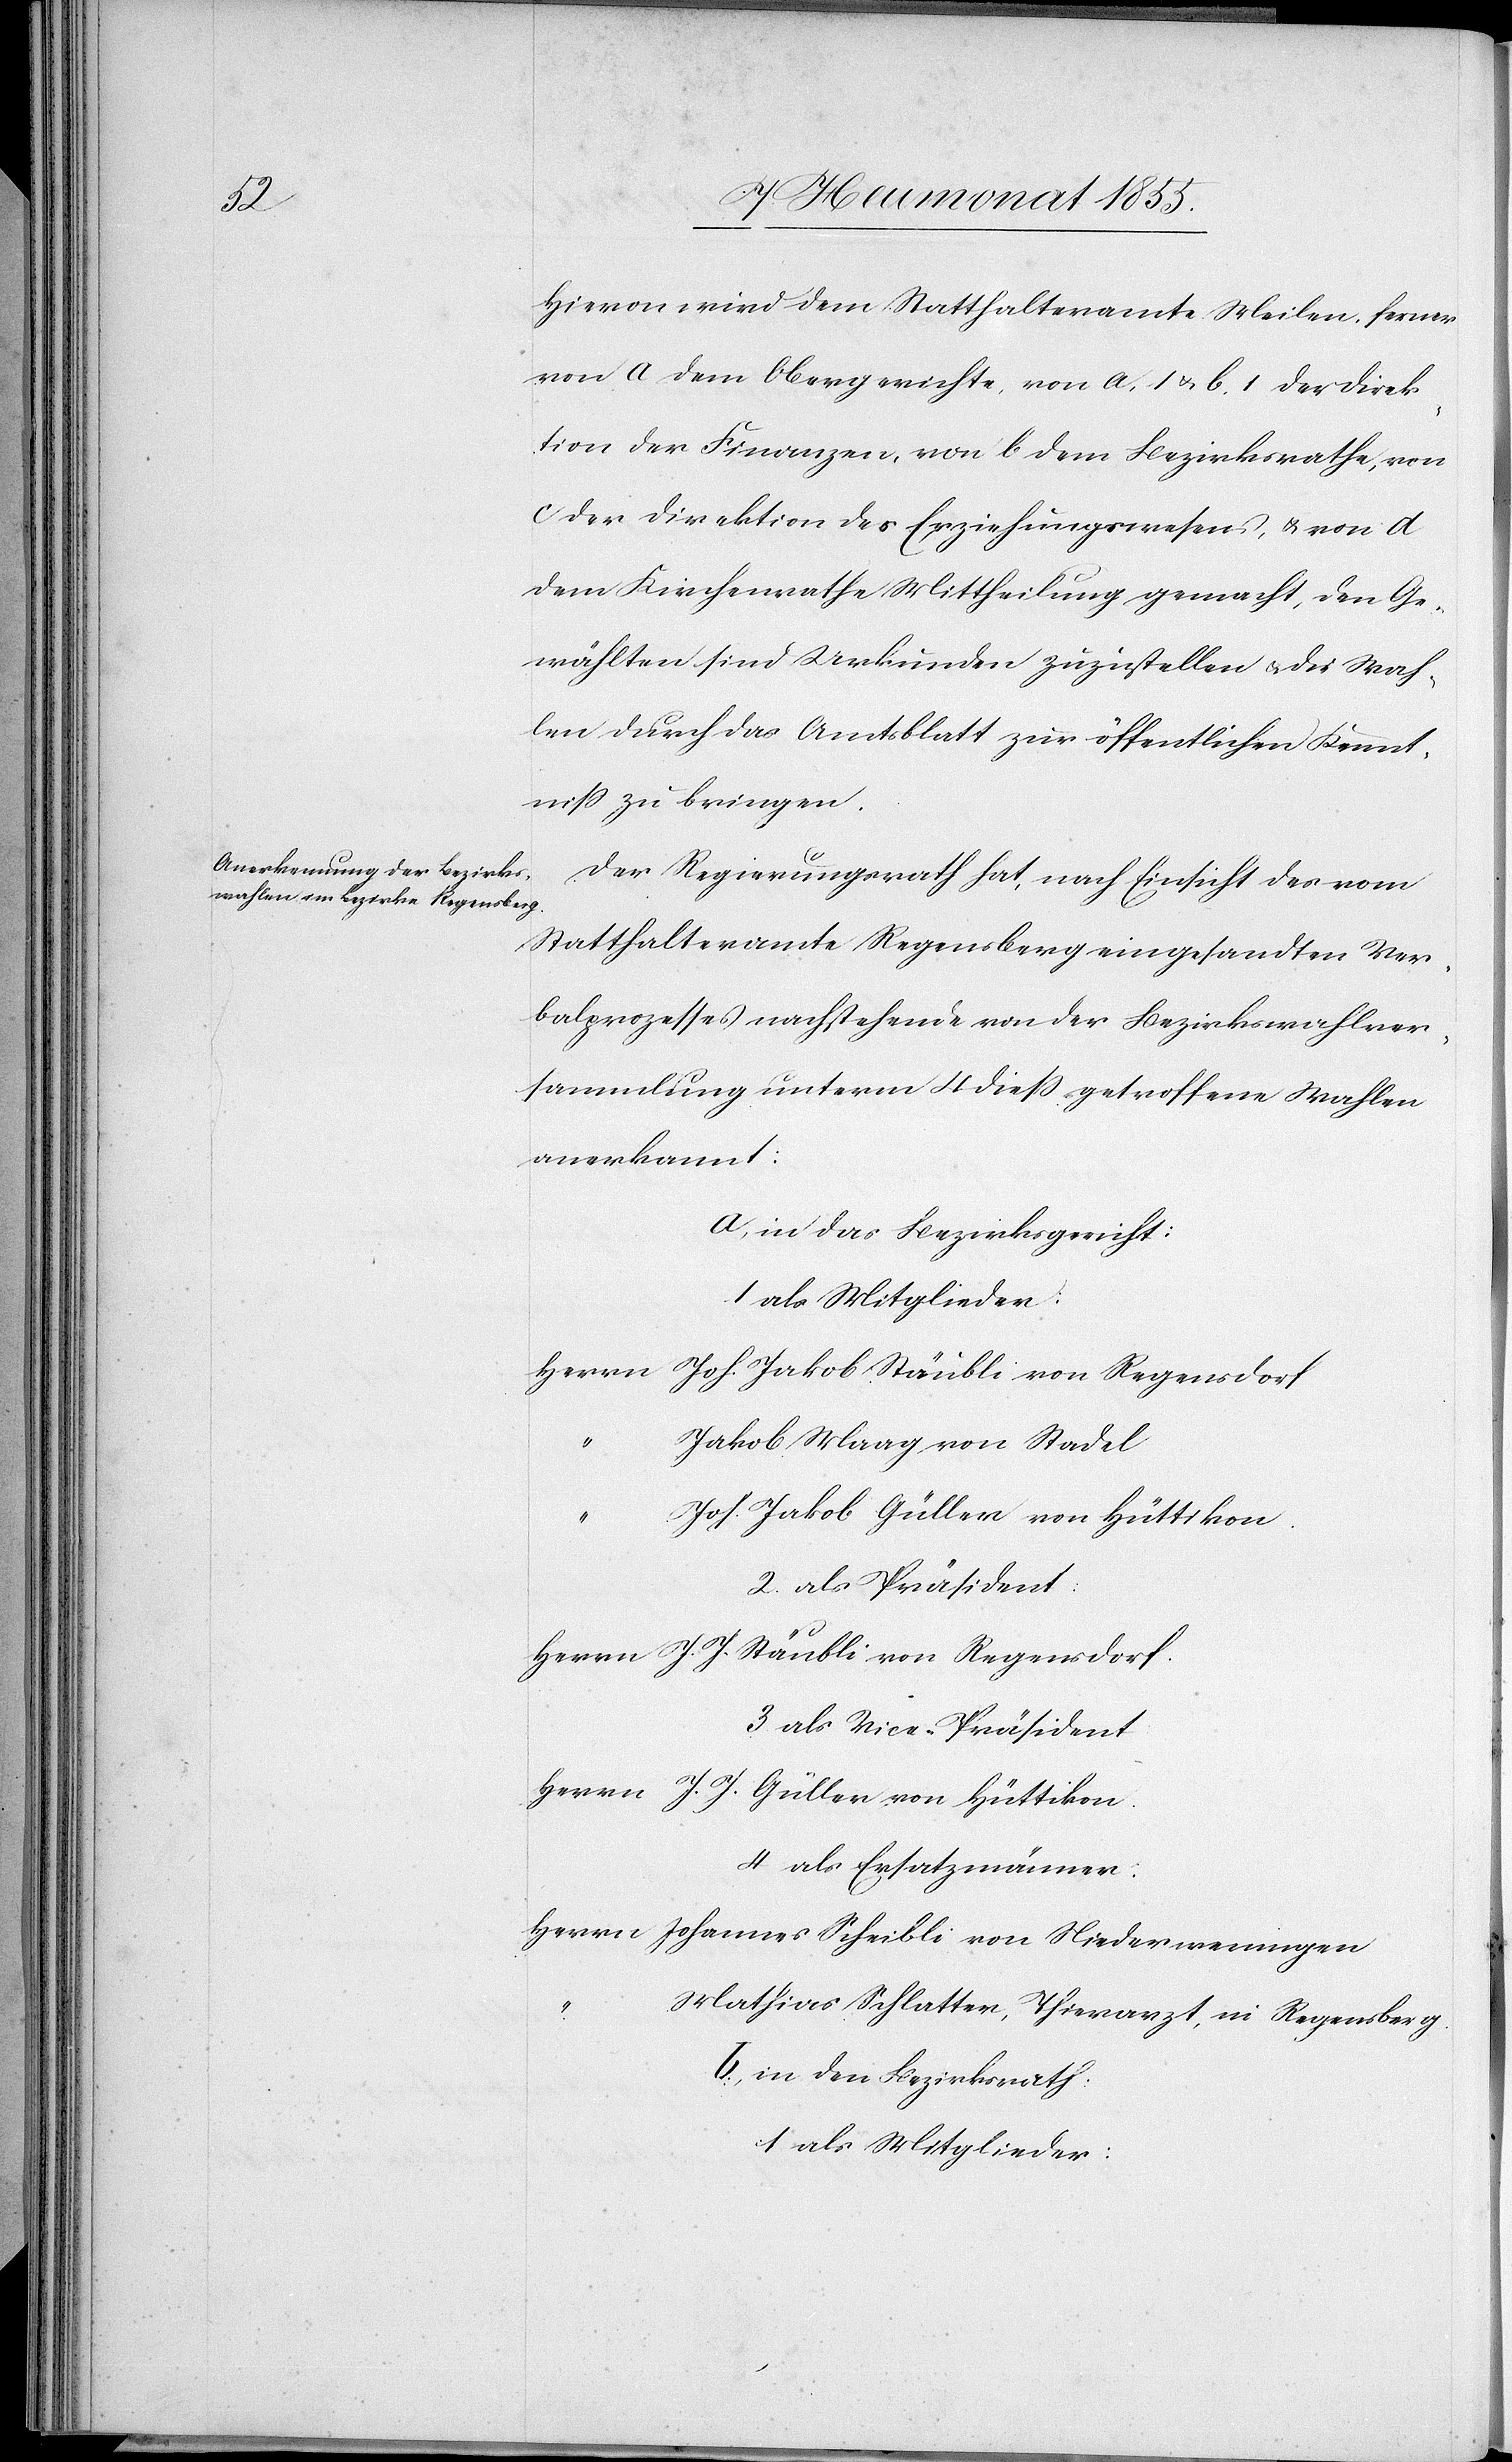
Hievon wird dem Statthalteramte Meilen, ferner
von a dem Obergerichte, von a, 1 & b, 1 der Direk¬
tion der Finanzen, von b dem Bezirksrathe, von
c der Direktion des Erziehungswesens, & von d
dem Kirchenrathe Mittheilung gemacht, den Ge¬
wählten sind Urkunden zuzustellen & die Wah¬
len durch das Amtsblatt zur öffentlichen Kennt¬
niss zu bringen.
Der Regierungsrath hat, nach Einsicht des vom
Statthalteramte Regensberg eingesandten Ver¬
balprozesses nachstehende von der Bezirkswahlver¬
sammlung unterm 4 diess getroffene Wahlen
anerkannt:
a, in das Bezirksgericht:
1 als Mitglieder:
Herrn
Joh. Jakob Stäubli von Regensdorf
Jakob Maag von Stadel
Joh. Jakob Güller von Hüttikon.
2. als Präsident:
Herrn J. J. Stäubli von Regensdorf.
3. als Vice-Präsident
Herrn J. J. Güller von Hüttikon.
4. als Ersatzmänner:
Herrn Johannes Scheibli von Niederweningen
Mathias Schlatter, Thierarzt, in Regensberg.
b, in den Bezirksrath:
1 als Mitglieder: